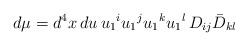
LaTeX: \begin{align*}d \mu = d^4x \, du \, u_1{}^i u_1{}^j u_1{}^k u_1{}^l \, D_{ij}\bar{D}_{kl}\end{align*}